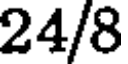
24/8